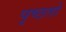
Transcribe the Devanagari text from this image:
पृष्ठतो